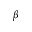
\beta